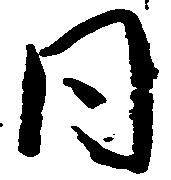
同